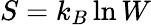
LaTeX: S=k_{B}\ln W